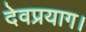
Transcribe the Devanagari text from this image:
देवप्रयाग।